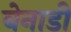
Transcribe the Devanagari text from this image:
बेनाडी